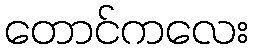
တောင်ကလေး